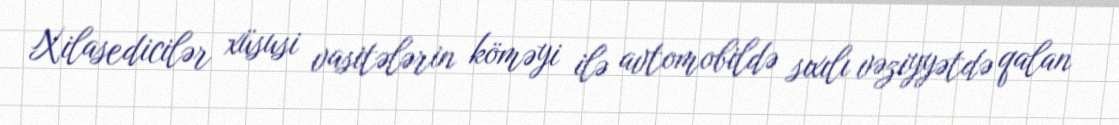
Xilasedicilər xüsusi vasitələrin köməyi ilə avtomobildə sıxılı vəziyyətdə qalan